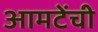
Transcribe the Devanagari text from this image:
आमटेंची